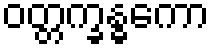
ဝတ္တက္ခန္ဓကော